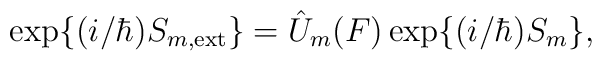
{\rm exp}\{ (i/ \hbar) S_{m, {\rm ext}} \} = \hat{U}_m(F)\, {\rm exp}\{ (i/ \hbar) S_m \},